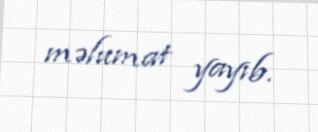
məlumat yayıb.